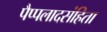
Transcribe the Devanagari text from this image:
पैप्पलादसंहिता